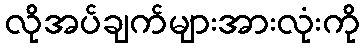
လိုအပ်ချက်များအားလုံးကို